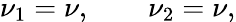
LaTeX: \nu_{1}=\nu,\qquad\nu_{2}=\nu,